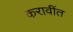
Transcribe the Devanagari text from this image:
करावींत